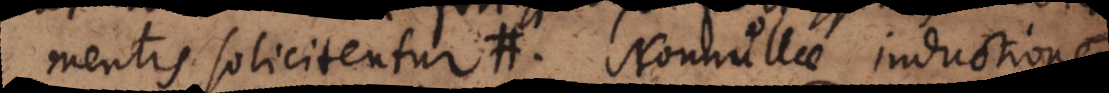
mentis solicitentur. Nonnullae inductiones